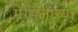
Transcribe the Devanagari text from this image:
मेसिलाच्या